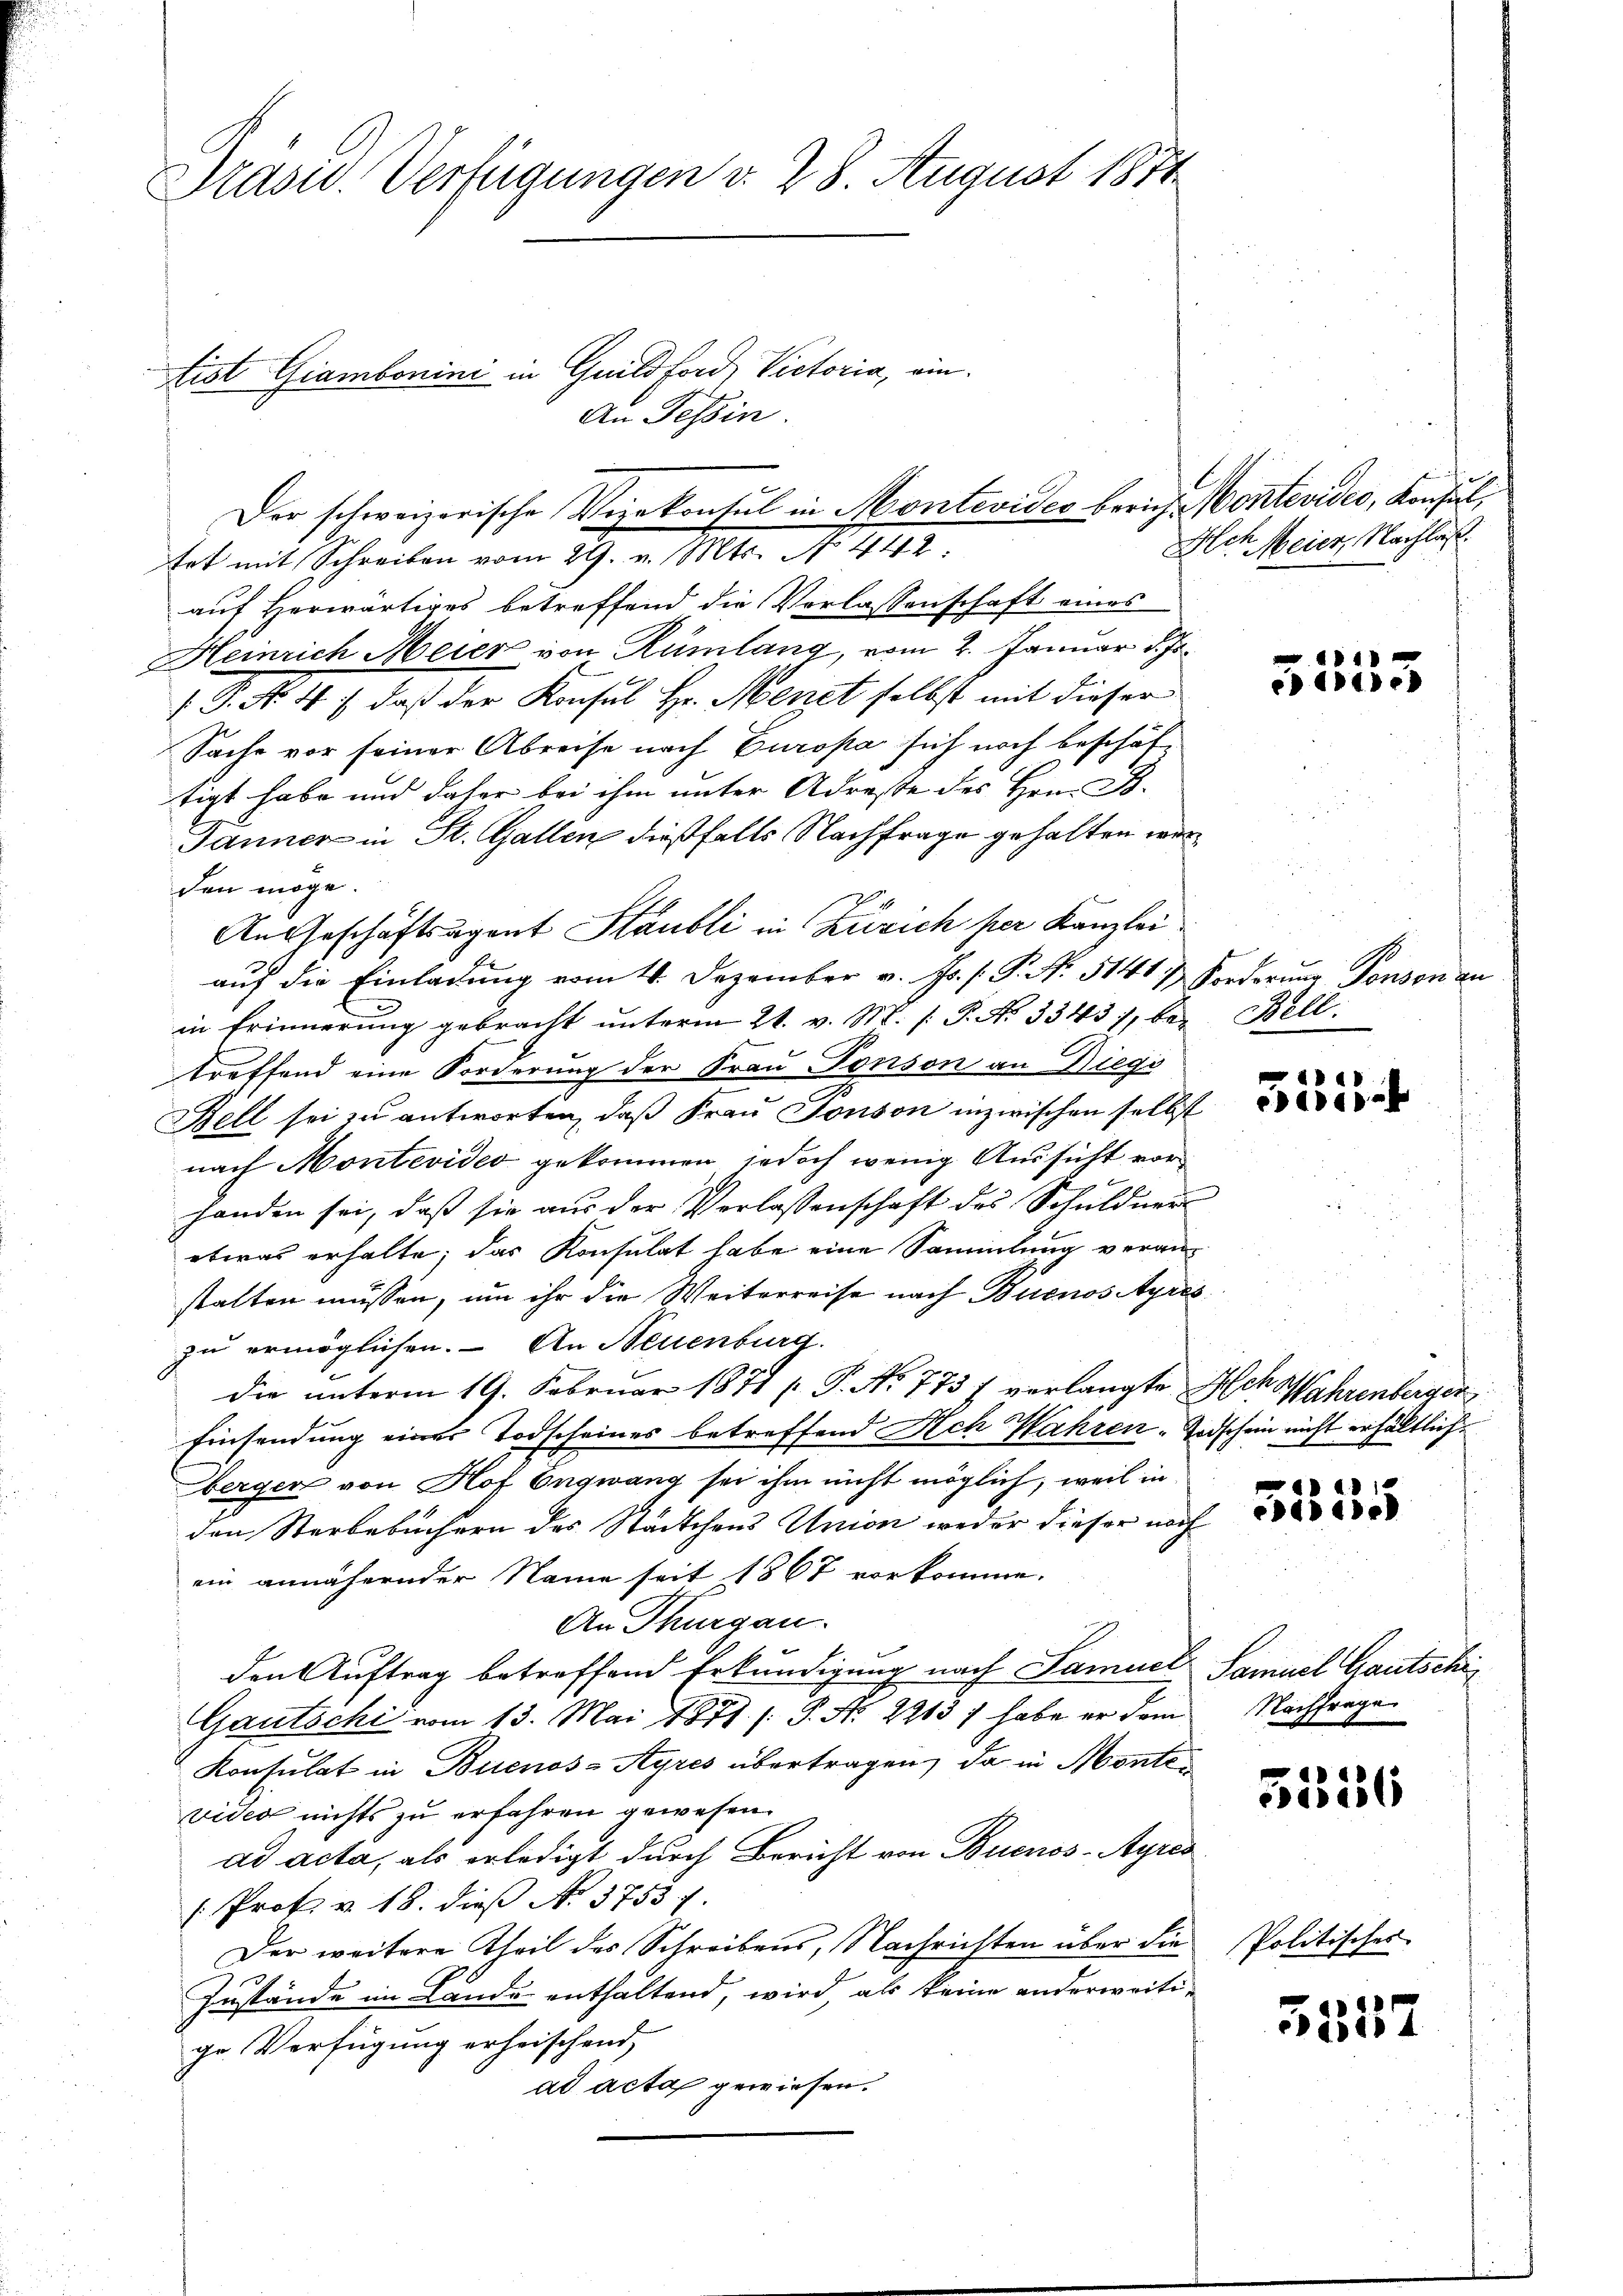
Präsid. Verfügungen d. 28. August 1874

tist Giambonini in Guildford, Victoria, ein¬
An Tessin.
auf Herwärtiges betreffend die Vorlassenschaft eines
Heinrich Meier von Rümlang, vom 2. Januar d. Js.
[ P. No. 4) daß der Konsul Hr. Menet selbst mit dieser
Sache vor seiner Abreise nach Europa sich noch beschäftigt habe und daher bei ihm unter Adreste des Hrn. B.
Janner in St. Gallen dießfalls Nachfrage gehalten werden möge.
An Geschäftsagent Staubli in Zürich per Kanzlei
auf die Einladung vom 4. Dezember v. Js. f. P. Nr. 5141 u. Forderung Panson an
in Erinnerung gebracht unterm 21. v. M. P.P. Nr. 33431, bei
treffend eine Forderung der Frau Tonson an Diegs
Bell sei zu antworten, daß Frau Sonson inzwischen selbst
nach Montevideo gekommen, jedoch wenig Aussicht vorhanden sei, daß sie aus der Verlassenschaft des Schuldner
etwas erhalte; das Konsulat habe eine Sammlung veranstalten müssen, um ihr die Weiterreise nach Buenos Ayres
zu ermöglichen. – An Neuenburg
die unterm 19. Februar 1871 p. P. No 775 7 verlangte Nach Wahrenberger
Einsendung einer Todscheines betreffend Ach Wahren Todschein nicht erhältliche
berger von Hof Engwang sei ihm nicht möglich, weil in
den Sterbebüchern des Städtchens Union weder dieser noch
ein annähernder Name seit 1867 vorkomme.
An Thurgau.
den Auftrag betreffend Erkundigung nach Samuel Samuel Gautschi
Gautschi vom 13. Mai 1871. /: P. N. 2213 / habe er dem
Konsulat in Buenos-Ayres übertragen, da in Montes
vides nichts zu erfahren gewesen.
ad acta, als erledigt durch Bericht von Buenos-Ayres
[Prof. v. 18. dieß N. 3753.
Der weitere Theil des Schreibens, Nachrichten über die
Zustände im Lande enthaltend, wird, als keine anderweitige. Verfügung erheischend,
ad acta gewiesen.

Der schweizerische Vizekonsul in Montevideo berich. Vontevides, Konsul,
tet mit Schreiben vom 29. v. Mts. No. 4142

Het. Meier, Nachlas

)

1
et

Bell:

d
ed.

431.
4

Nachfrage

51286

Politisches

3547